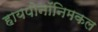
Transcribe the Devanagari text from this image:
हायपोनॉनिमकल